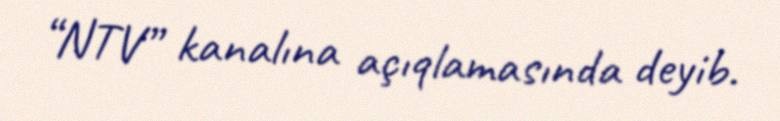
“NTV” kanalına açıqlamasında deyib.